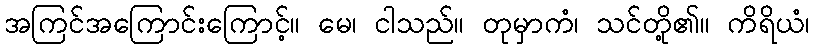
အကြင်အကြောင်းကြောင့်။ မေ၊ ငါသည်။ တုမှာကံ၊ သင်တို့၏။ ကိရိယံ၊